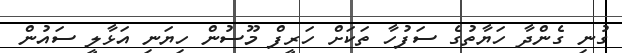
ގުނި ގެންދާ ހަޔާތުގެ ސަފުހާ ތަކަށް ހަރީފް މޫސުން ހިޔަނި އަޅާލީ ސައުން